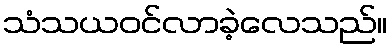
သံသယဝင်လာခဲ့လေသည်။